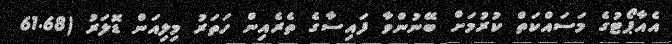
އެއާޕޯޓުގެ މަސައްކަތް ކުރުމަށް ބޭނުންވާ ފައިސާގެ ތެރެއިން ހަތަރު މިލިއަން ޑޮލަރު (61.68